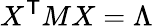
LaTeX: X^{\textsf{T}}MX=\Lambda